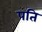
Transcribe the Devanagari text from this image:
पति